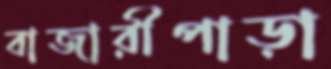
বাজারীপাড়া